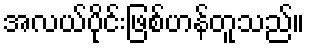
အလယ်ပိုင်းဖြစ်ဟန်တူသည်။